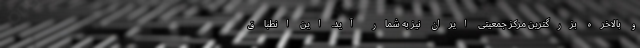
و بالاخره بزرگترین مرکز جمعیتی ايران نيز به شمار آيد. اين انطباق